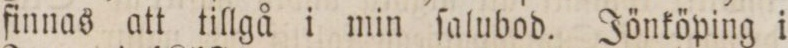
finnas att tillgå i min ſalubod. Jönköping i